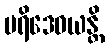
ပရိဒေဝယန္တိ